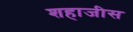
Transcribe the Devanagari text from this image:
शहाजीस